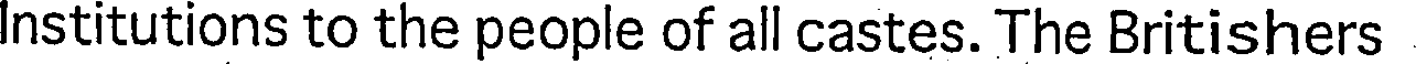
Institutions to the people of all castes. The Britishers